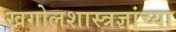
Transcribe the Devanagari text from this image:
खगोलशास्त्रज्ञांच्या